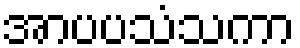
အာပပသံသကာ